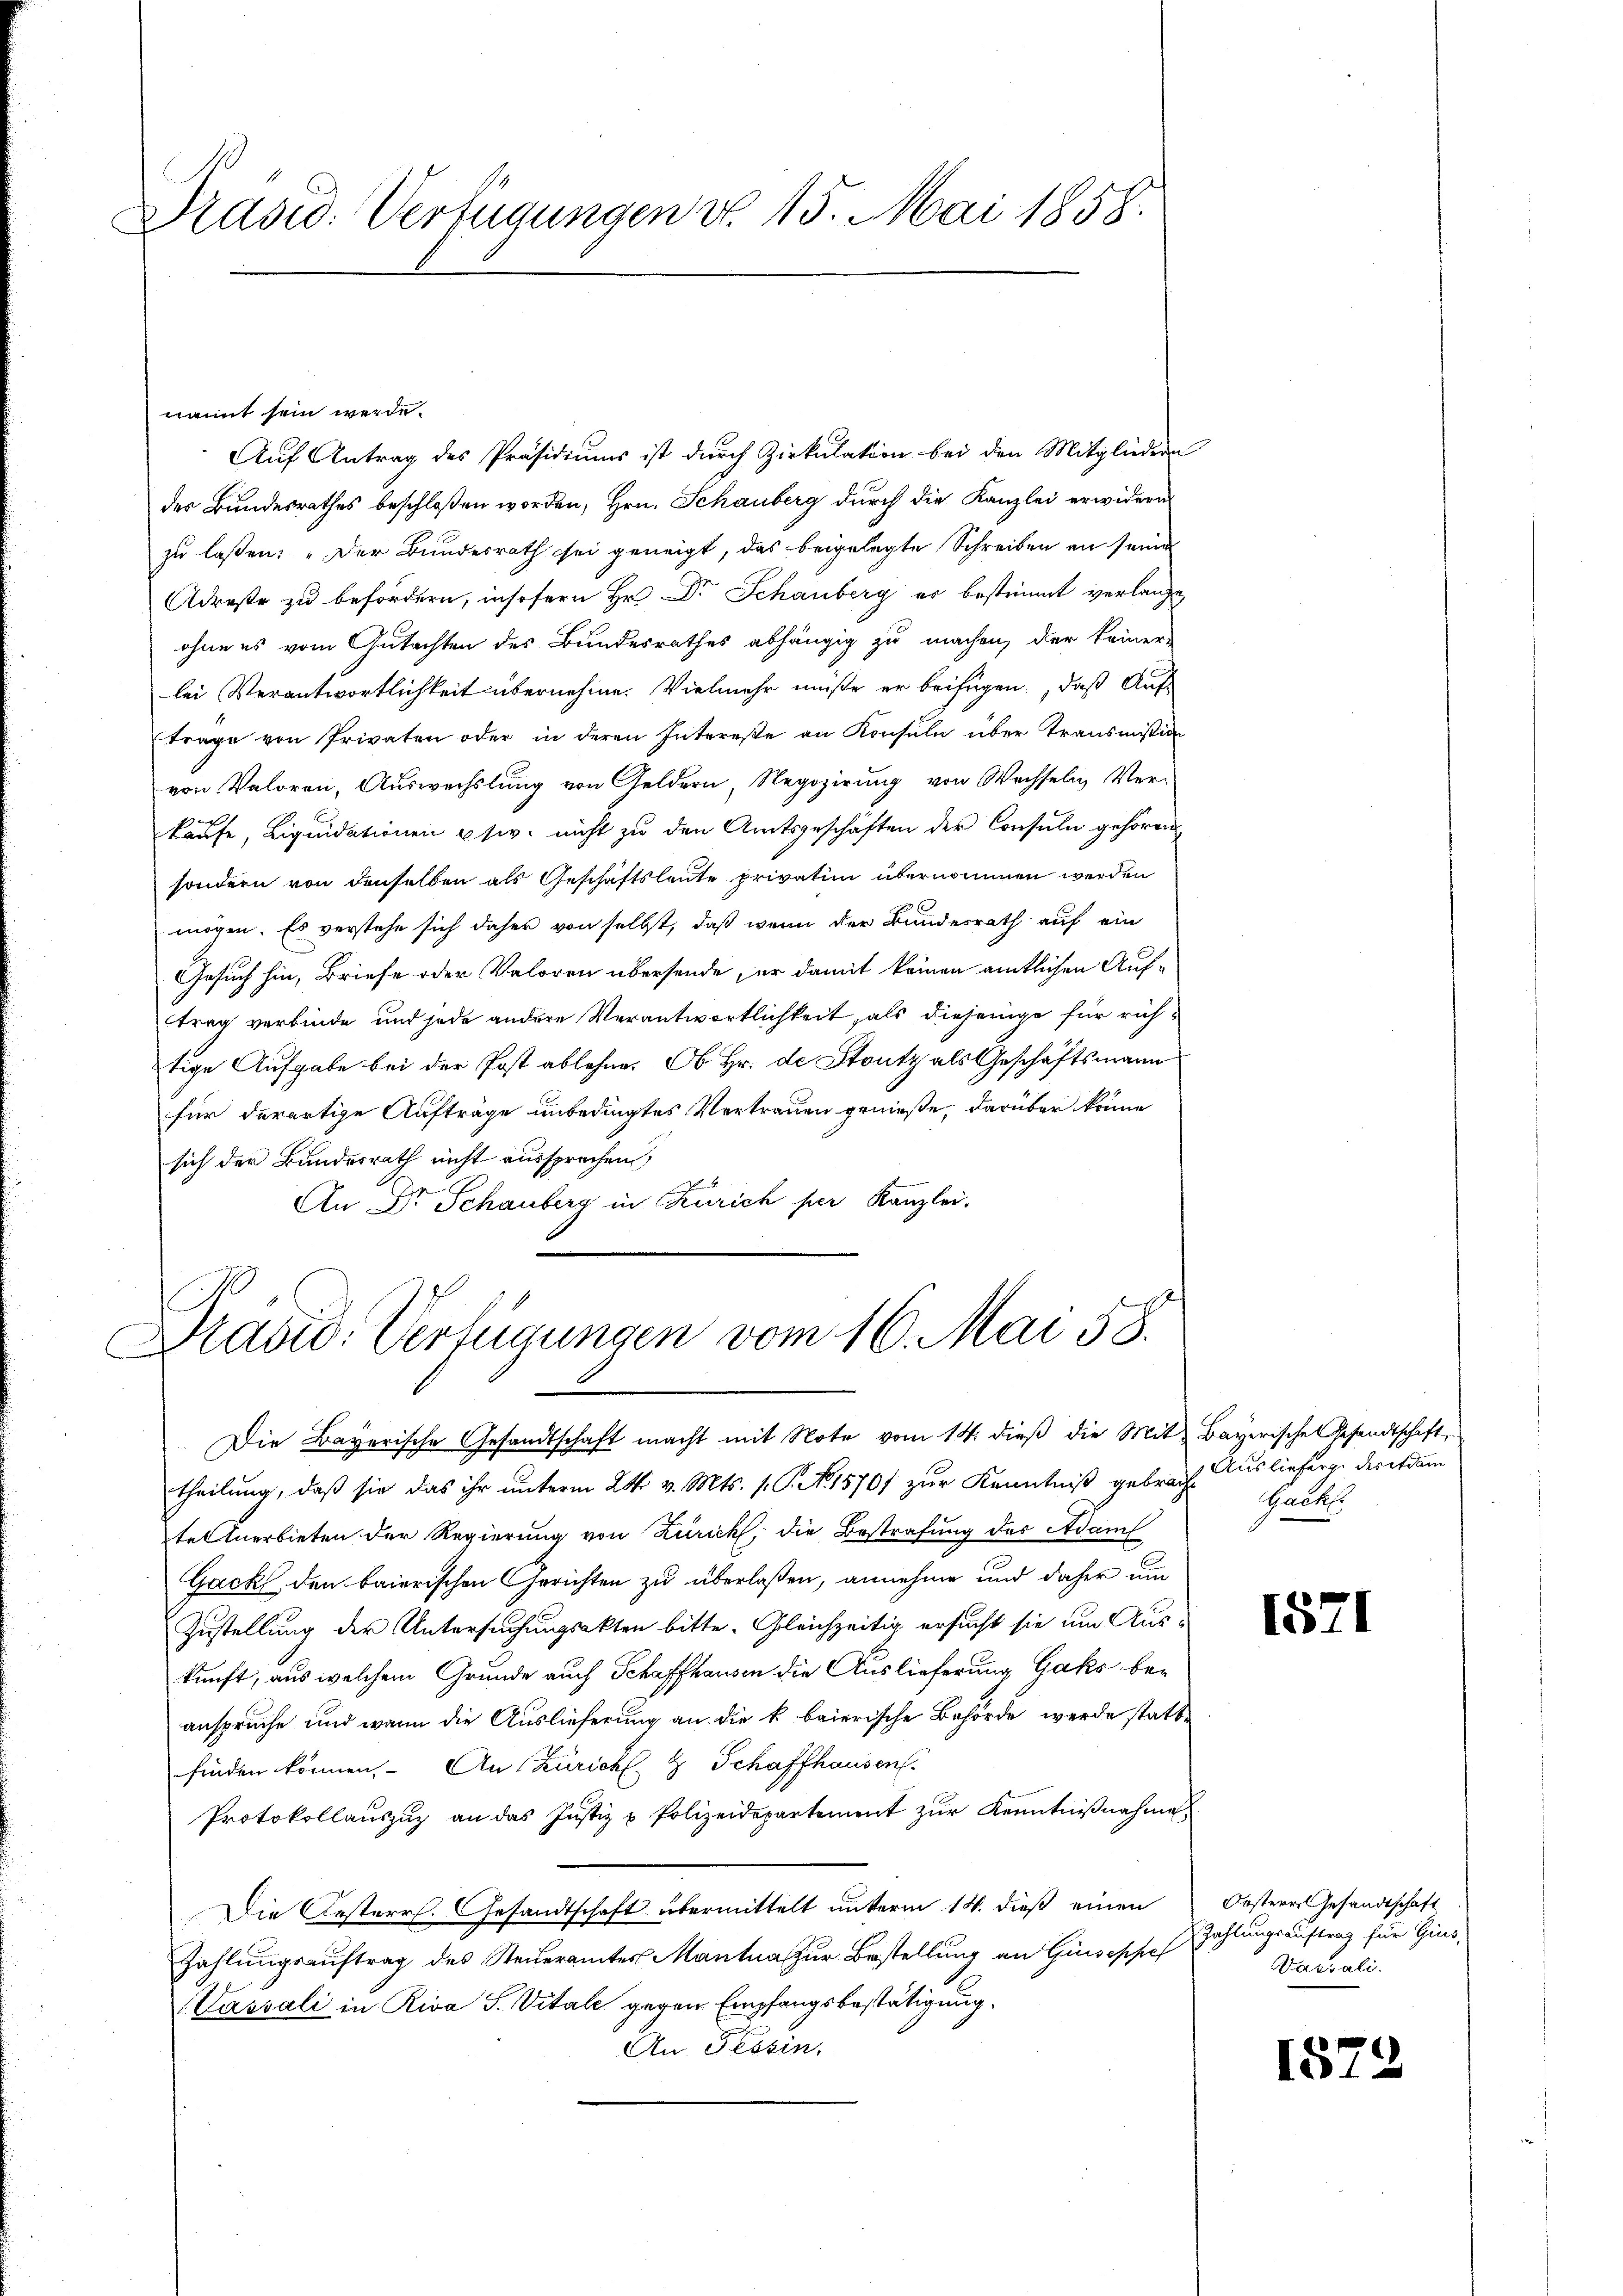
Präsid. Verfügungen v. 15. Mai 1858.

nannt sein werde.
Aŭf Antrag des Präsidiŭms ist durch Zirkŭlation bei den Mitgliedern
der Bundesrathes beschloßen worden, Hrn. Schauberg durch die Kanzlei erwidern
zu laßen: „Der Bundesrath sei geneigt, das beigelegte Schreiben an seine
Adreste zu befördern, insofern Hr. Dr Schauberg er bestimmt verlange
ohne es vom Gutachten des Bundesrathes abhängig zu machen, der keiner-
lei Verantwortlichkeit übernehme. Vielmehr müße er beifügen, daß Auftrage von Privaten oder in deren Intereße an Konsŭln über Transmission
von Valoren, Auswechslung von Geldern, Regozirung von Wachseln Verkäufe, Liquidationen usw. nicht zu den Amtsgeschäften der Consuln gehören
sondern von denselben als Geschäftsleute privatim übernommen werden
mögen. Es verstehe sich daher von selbst, daß wenn der Bundesrath auf ein
Gesuch hin, Briefe oder Valoren übersende, er damit keinen amtlichen Auftrag verbinde und jede andere Verantwortlichkeit, als diejenige für richtige Aufgabe bei der Post ablehne. Ob Hr. de Stutz als Geschäftsmann
für derartige Aufträge unbedingtes Vertrauen genieße, darüber könne
sich der Bundesrath nicht aussprechen,
An Dr Schauberg in Zürich per Kanzlei.

Drasid. Verfügungen vom 16. Mai 58.

Die Bayerische Gesandtschaft macht mit Note vom 14. dieß die Mit Bayerische Gesandtschaft,
theilung, daβ sie das ihr ŭnterm 24. v. Mts. s. G. N. 1570/ zŭr Kenntniβ gebrach Auslieferge der erdam
teltnerbieten der Regierung von Zürich, die Bestrafung des Adam
Gack den baierischen Gerichten zu überlaßen, annehme und daher um
Zustellung der Untersuchungsakten bitte. Gleichzeitig ersucht sie um Auskunft, aus welchem Grunde auch Schaffhausen die Auslieferung Gaks beanspruche und wenn die Auslieferung an die k. baierische Behörde werde stattfinden können. An Züricht & Schaffhausen.
Protokollauszug an das Justiz & Polizeidepartement zur Kenntnißnahme
Die Oesterr. Gesandtschaft übermittelt unterm 14. dieß einen Oesteres Gesandtschaft
Zahlungsauftrag des Steueramtes Mantua zur Bestellung an Guseppel
Cassali in Riva S. Vital gegen Empfangsbestätigung.
An Tessin,

Gack

1571

Zahlungsauftrag für Gius,
Vassali.

157

d